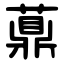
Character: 薡